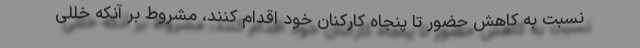
نسبت به کاهش حضور تا پنجاه کارکنان خود اقدام کنند، مشروط بر آنکه خللی